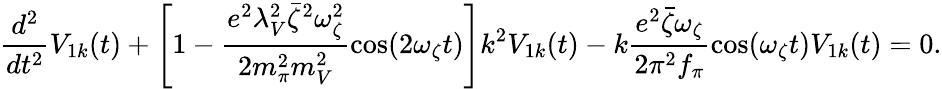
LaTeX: \frac{d^{2}}{dt^{2}}V_{1k}(t)+\left[1-\frac{e^{2}\lambda_{V}^{2}\bar{\zeta}^{2}\omega_{\zeta}^{2}}{2m_{\pi}^{2}m_{V}^{2}}\cos(2\omega_{\zeta}t)\right]k^{2}V_{1k}(t)-k\frac{e^{2}\bar{\zeta}\omega_{\zeta}}{2\pi^{2}f_{\pi}}\cos(\omega_{\zeta}t)V_{1k}(t)=0.